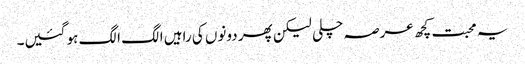
یہ محبت کچھ عرصہ چلی لیکن پھر دونوں کی راہیں الگ الگ ہو گئیں۔